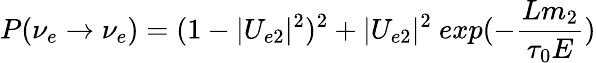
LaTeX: P(\nu_{e}\rightarrow\nu_{e})=(1-|U_{e2}|^{2})^{2}+|U_{e2}|^{2}~exp(-{\frac{Lm_{2}}{\tau_{0}E}})